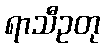
ရာသီဥတု